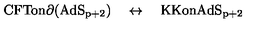
\mathrm { C F T o n \partial ( A d S _ { p + 2 } ) } \quad \leftrightarrow \quad \mathrm { K K o n A d S _ { p + 2 } }